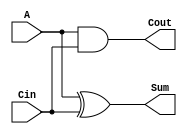
module HalfAdder_1(
	A,
	Cin,
	Cout,
	Sum
);
input wire	A;
input wire	Cin;
output wire	Cout;
output wire	Sum;
assign	Cout = A & Cin;
assign	Sum = A ^ Cin;
endmodule